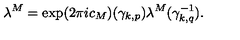
\lambda ^ { M } = \exp ( 2 \pi i c _ { M } ) ( { \gamma } _ { k , p } ) \lambda ^ { M } ( { \gamma } _ { k , q } ^ { - 1 } ) .